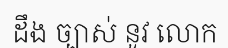
ដឹង ច្បាស់ នូវ លោក